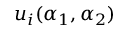
u _ { i } ( \alpha _ { 1 } , \alpha _ { 2 } )